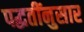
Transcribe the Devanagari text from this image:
पद्धतींनुसार